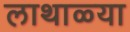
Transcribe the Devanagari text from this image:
लाथाळ्या